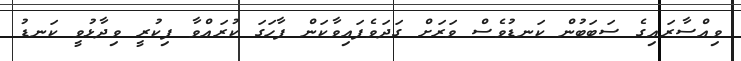
ވިއްސާރައިގެ ސަބަބުން ކަނޑުވެސް ވަރަށް ގަދަވެފައިވާކަން ފާހަގަ ކުރައްވާ ފިކުރީ ވިދާޅުވީ ކަނޑު